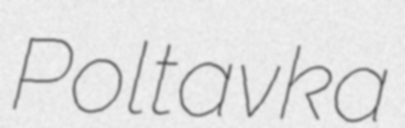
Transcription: Poltavka